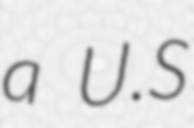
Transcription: a U.S